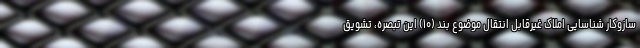
سازوکار شناسایی املاک غیرقابل انتقال موضوع بند (۱۰) این تبصره، تشویق